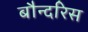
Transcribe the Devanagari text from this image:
बौन्दरिस